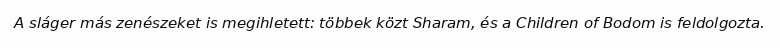
A sláger más zenészeket is megihletett: többek közt Sharam, és a Children of Bodom is feldolgozta.